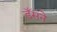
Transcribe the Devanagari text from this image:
डँसने